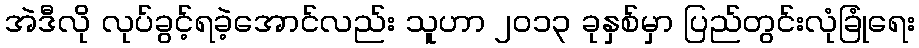
အဲဒီလို လုပ်ခွင့်ရခဲ့အောင်လည်း သူဟာ ၂၀၁၃ ခုနှစ်မှာ ပြည်တွင်းလုံခြုံရေး